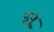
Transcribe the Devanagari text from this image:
इनू